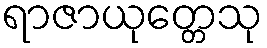
ရာဇာယုတ္တေသု